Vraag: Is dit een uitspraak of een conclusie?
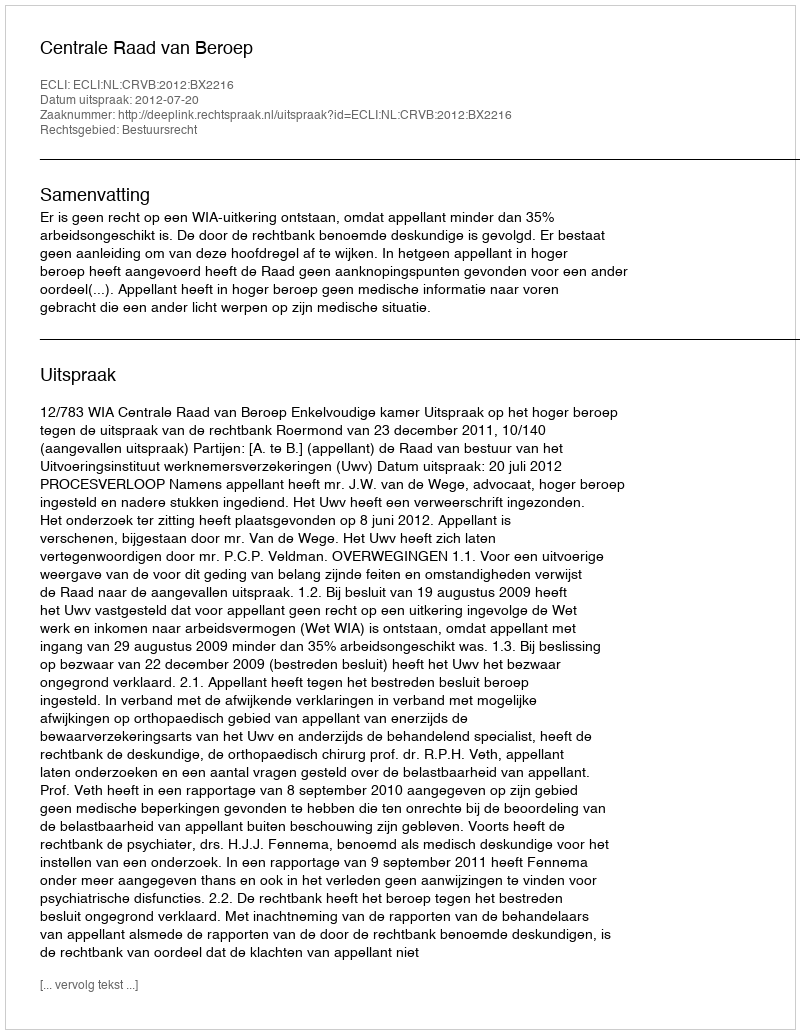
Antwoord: Uitspraak